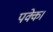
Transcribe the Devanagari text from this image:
पक्के।